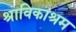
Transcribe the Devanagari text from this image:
श्राविकाश्रम